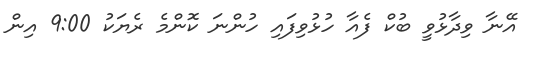
އޭނާ ވިދާޅުވީ ބުކް ފެއާ ހުޅުވިފައި ހުންނަ ކޮންމެ ރެޔަކު 9:00 އިން